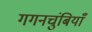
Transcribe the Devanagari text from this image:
गगनचुंबियाँ